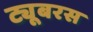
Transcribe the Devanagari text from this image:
ट्यूबरस